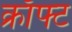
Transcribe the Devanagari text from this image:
क्राँफ्ट